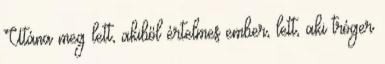
Utána meg lett, akiből értelmes ember, lett, aki tróger